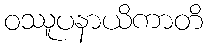
ဝဿူပနာယိကာတိ